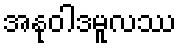
အနုဝါဒမူလဿ